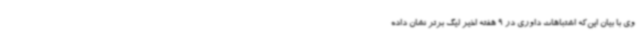
وی با بیان این‌که اشتباهات داوری در 9 هفته اخیر لیگ برتر نشان داده